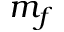
m _ { f }